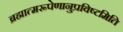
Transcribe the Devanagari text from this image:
ब्रह्मात्मरूपेणानुप्रविष्टमिति